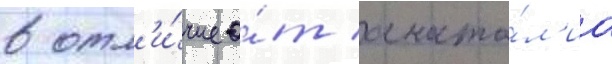
в отл'и́чие о́т анато́л'иа